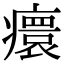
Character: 癏